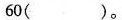
60( )。